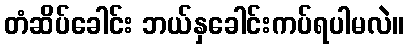
တံဆိပ်ခေါင်း ဘယ်နှခေါင်းကပ်ရပါမလဲ။